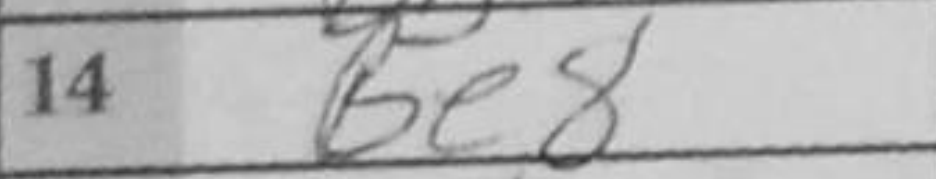
Transcription: Be8